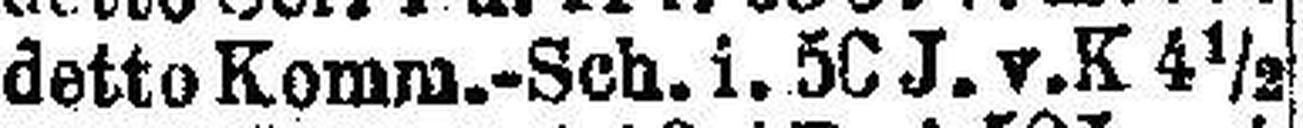
detto Komm.-Sch. i. 50 J. v. K 4½